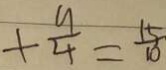
+ \frac { 9 } { 4 } = \frac { 1 5 } { 1 0 }